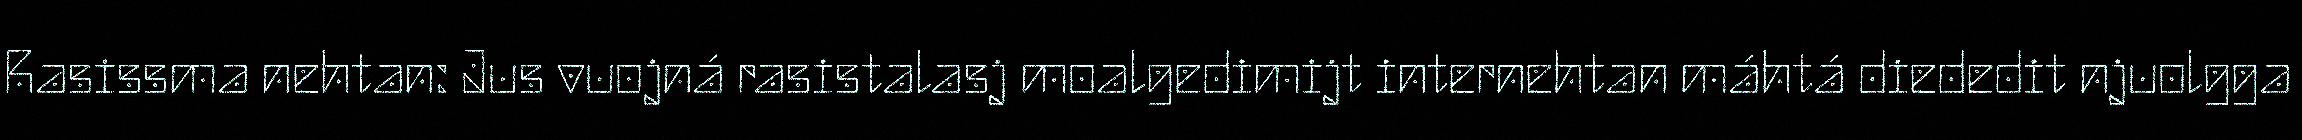
Rasissma nehtan: Jus vuojná rasistalasj moalgedimijt internehtan máhtá diededit njuolgga